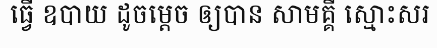
ធ្វើ ឧបាយ ដូចម្តេច ឲ្យបាន សាមគ្គី ស្មោះសរ